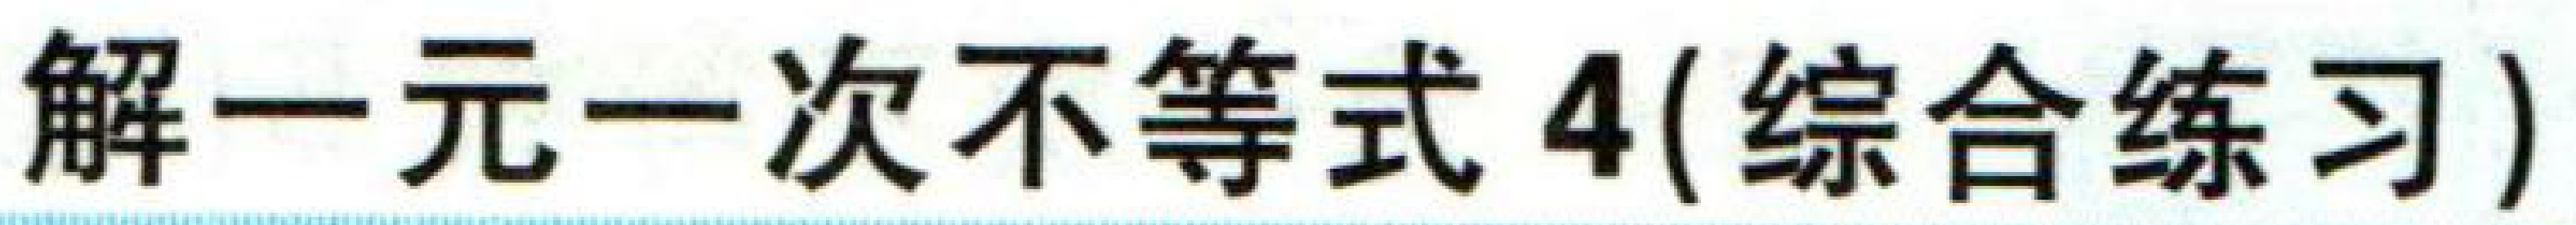
解一元一次不等式 4(综合练习)